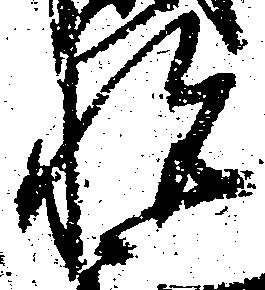
悦